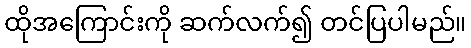
ထိုအကြောင်းကို ဆက်လက်၍ တင်ပြပါမည်။